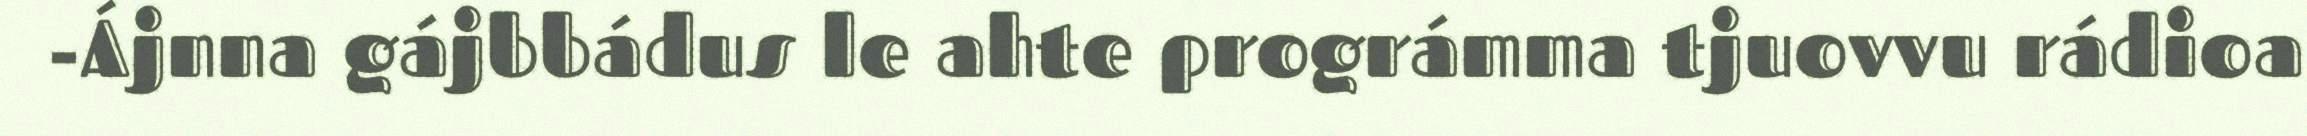
-Ájnna gájbbádus le ahte prográmma tjuovvu rádioa